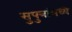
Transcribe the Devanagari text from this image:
सुपुत्रांमध्ये